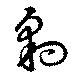
豹